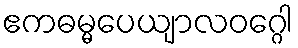
ဧကဓမ္မပေယျာလဝဂ္ဂေါ